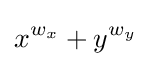
x^{w_{x}}+y^{w_{y}}